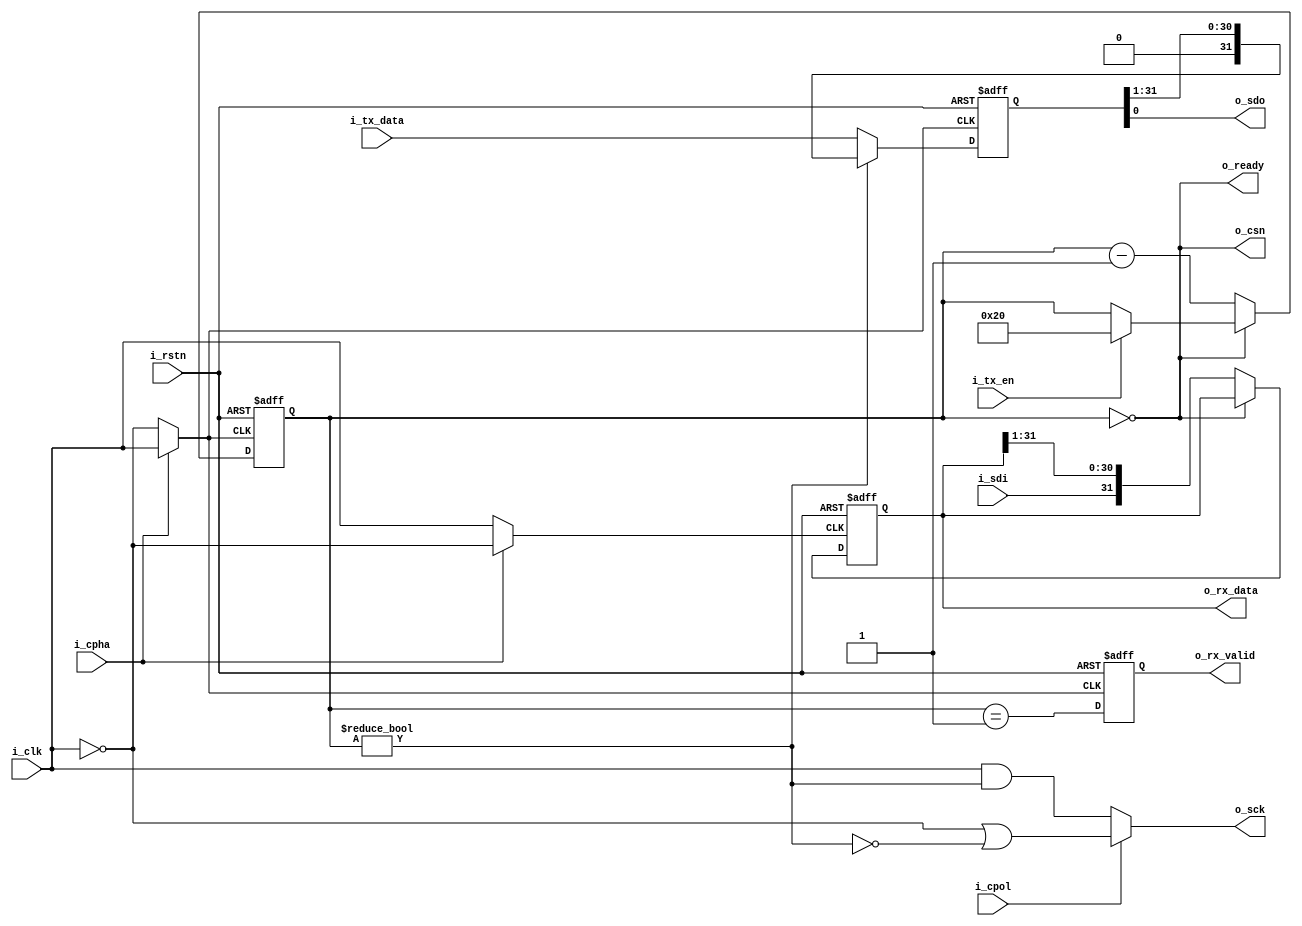
module spi(
	i_clk,i_rstn,
	i_cpol,i_cpha,
	o_sck,i_sdi,o_sdo,o_csn,
	o_ready,
	i_tx_en,i_tx_data,
	o_rx_data,o_rx_valid
);

parameter P_WIDTH = 32;

input i_clk;
input i_rstn;
output o_sck;
input i_sdi;
output o_sdo;
output o_csn;
input i_tx_en;
input [P_WIDTH-1 :0] i_tx_data;
output o_rx_valid;
output [P_WIDTH-1 :0] o_rx_data;
output o_ready;

input i_cpha;
input i_cpol;

reg [P_WIDTH-1:0] tx_buff;
reg [P_WIDTH-1:0] rx_buff;

reg [$clog2(P_WIDTH):0] count;

wire clk_p;
wire clk_n;
wire clk_rx_ph0;
wire clk_rx_ph1;
wire clk_tx_ph0;
wire clk_tx_ph1;
wire clk_rx;
wire clk_tx;
wire clk_out_pol0;
wire clk_out_pol1;
wire clk_out;
reg rx_valid;
assign clk_p = i_clk;
assign clk_n = ~i_clk;
//assign clk_rx_ph0 = i_cpha ? clk_p : clk_n;
//assign clk_rx_ph1 = i_cpha ? clk_n : clk_p;

//assign clk_tx_ph0 = i_cpha ? clk_n : clk_p;
//assign clk_tx_ph1 = i_cpha ? clk_p : clk_n;

assign clk_rx = i_cpha ? clk_n : clk_p;
assign clk_tx = i_cpha ? clk_p : clk_n;

assign clk_out = i_cpol ? clk_n | (~shift_en) : clk_p &(shift_en);



always @(posedge clk_tx ,negedge i_rstn) begin
	if(~i_rstn) begin
		count<='b0;
	end else begin
		if (count==0) begin
			if(i_tx_en) begin
				count<=P_WIDTH;
			end
		end else begin
			count<=count-1;
		end
	end
end
assign shift_en = count !=0;
assign csn=count==0;
always @(posedge clk_tx,negedge i_rstn) begin
	if(~i_rstn) begin
		tx_buff<=1'b0;
	end else begin
		if(~shift_en) begin
			tx_buff<=i_tx_data;
		end else begin
			tx_buff<={1'b0,tx_buff[P_WIDTH-1:1]};
		end
	end
end
always @(posedge clk_rx,negedge i_rstn) begin
	if(~i_rstn) begin
		rx_buff<='b0;
	end else begin
		if(~csn) begin
			rx_buff<={i_sdi,rx_buff[P_WIDTH-1:1]};
		end
	end
end
always @(posedge clk_tx,negedge i_rstn) begin
	if(~i_rstn) begin
		rx_valid<=1'b0;
	end else begin
		rx_valid<=count==1;
	end
end
assign o_sck=clk_out;
assign o_sdo=tx_buff[0];
assign o_csn=csn;
assign o_rx_valid = rx_valid;
assign o_ready = csn;
assign o_rx_data = rx_buff;
endmodule